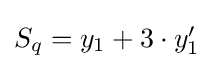
{\textstyle S_{q}=y_{1}+3\cdot y_{1}^{\prime }}